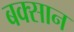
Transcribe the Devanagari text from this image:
बक्सान